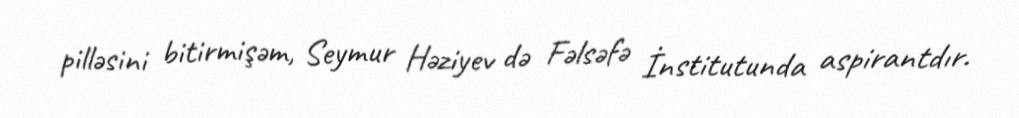
pilləsini bitirmişəm, Seymur Həziyev də Fəlsəfə İnstitutunda aspirantdır.